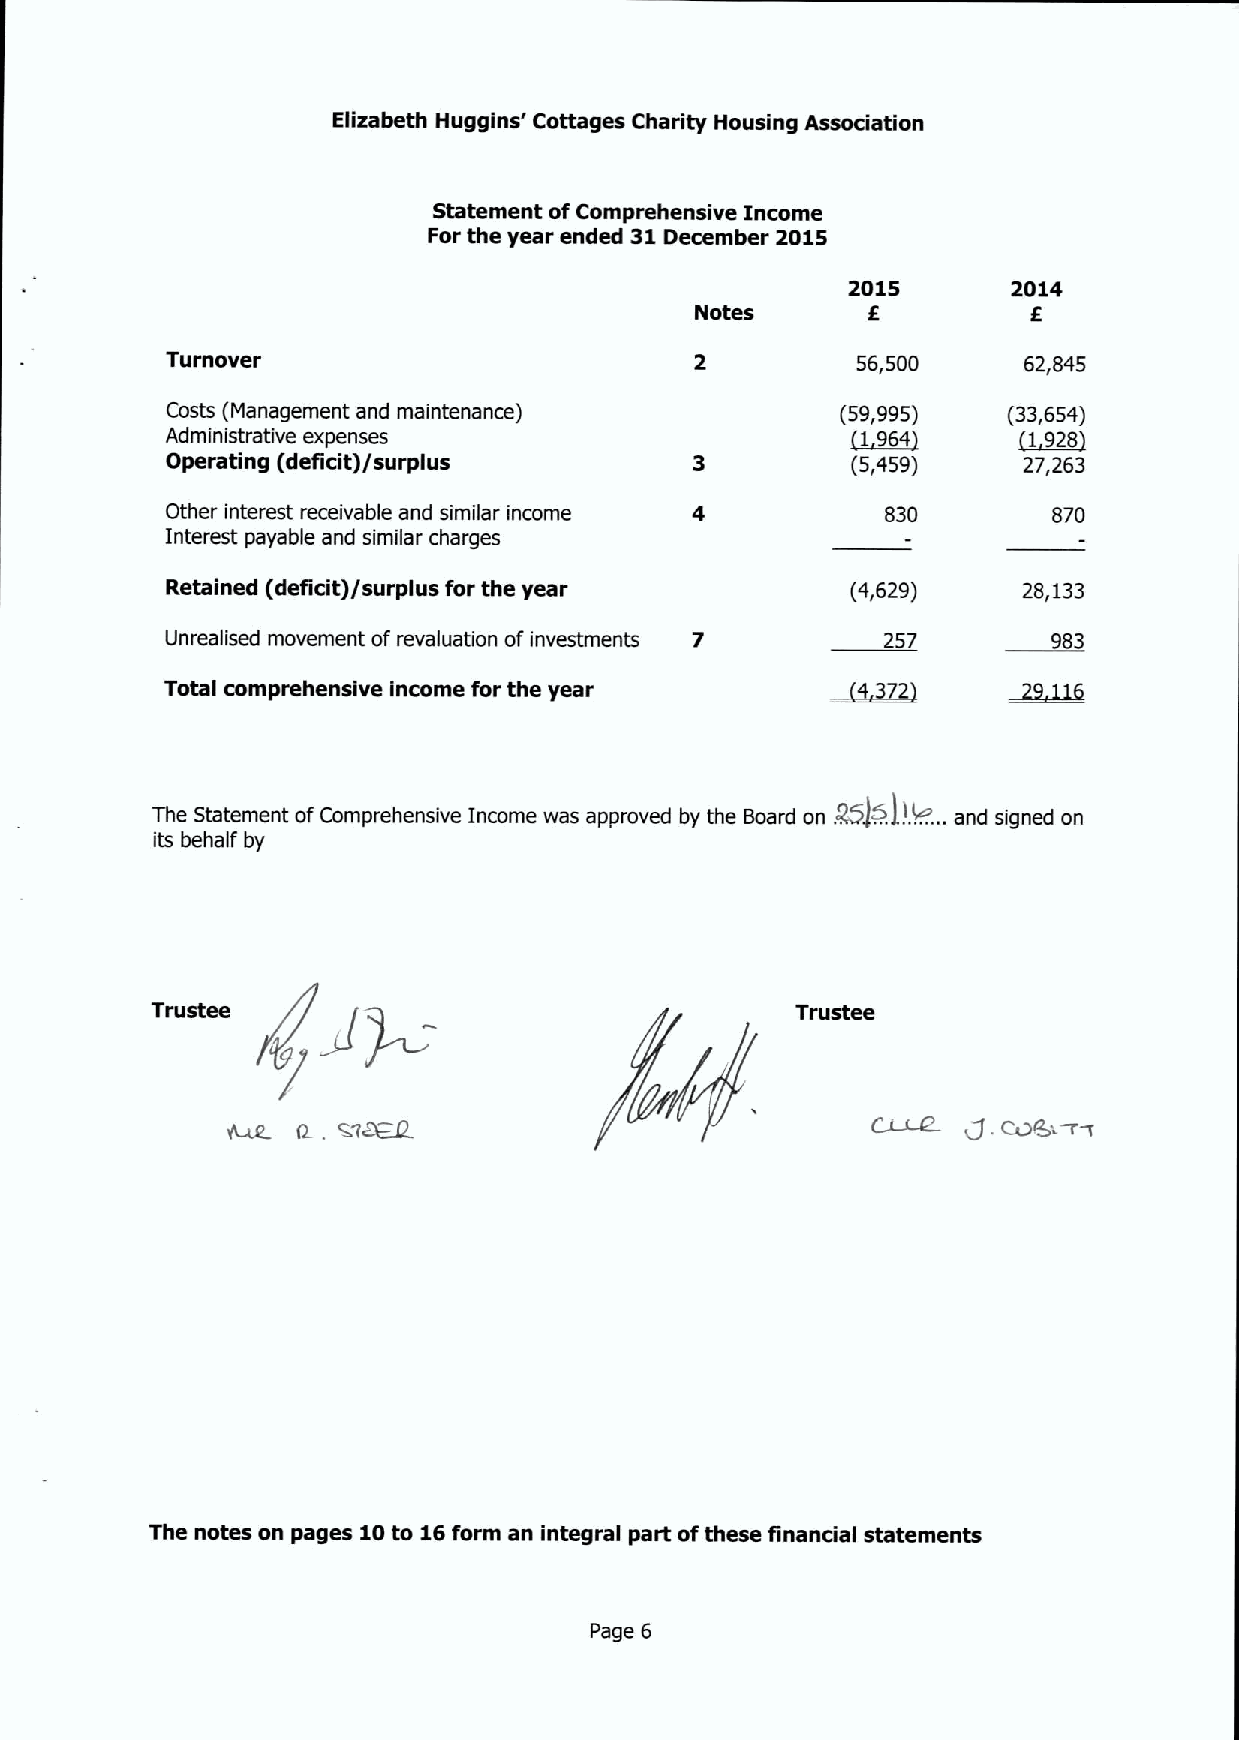
Elizabeth Huggins' Cottages Charity Housing Association
 Statement ofComprehensive Income
 For the year ended 31December 2015
 2015       2014
 Notes                 E
 Turnover                                      56,500     62,845
 Costs (Management and maintenance)           (59,995)   (33,654)
 Administrative expenses                      ~1964      ~1928
 Operating (deficit)/surplus                  (5,459)     27,263
 Other interest receivable and similar income    830        870
 Interest payable and similar charges
 Retained (defidt)/surplus for the year       (4,629)     28,133
 Unrealised movement of revaluation of investments 7 257    983
 Total comprehensive income for the year
 The Statement ofComprehensive Income was approved by the Board on %)&I!t...... and signed on
 its behalf by
 Trustee
 The notes on pages 10to 16form an integral part ofthese finandal statements
 Page 6